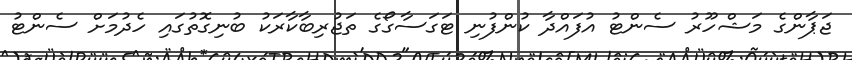
ޖަޕާންގެ މަޝްހޫރު ސެންޓު އުފައްދާ ކުންފުނި ޓަގަސާގޯގެ ތަޖުރިބާކާރަކު ބުނިގޮތުގައި ހެދުމަށް ސެންޓު